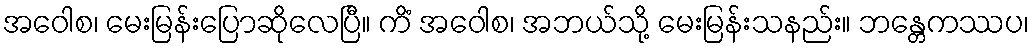
အဝေါစ၊ မေးမြန်းပြောဆိုလေပြီ။ ကိံ အဝေါစ၊ အဘယ်သို့ မေးမြန်းသနည်း။ ဘန္တေကဿပ၊